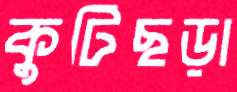
কুটিছড়া